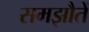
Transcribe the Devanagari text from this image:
समझौतें